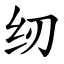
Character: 纫